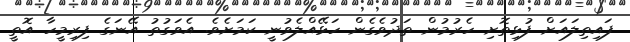
ފައިތިލައަށް ފުޅިތޮށި ހެރުމުން ތަދުވެގެން ހަޅޭއްލެވުނީ ކަމަށެވެ. އެވަގުތު އޭނަގެ ފިރިމީހާ އޮތީ